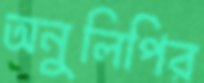
অনুলিপির